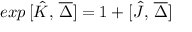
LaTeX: e x p \, [ \hat { K } , \, \overline { { { \Delta } } } ] = 1 + [ \hat { J } , \, \overline { { { \Delta } } } ]